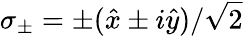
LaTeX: \sigma_{\pm}=\pm(\hat{x}\pm i\hat{y})/\sqrt{2}